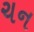
ચન